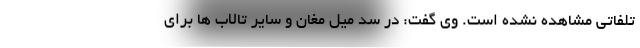
تلفاتی مشاهده نشده است. وی گفت: در سد میل مغان و سایر تالاب ها برای